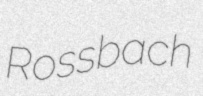
Rossbach